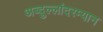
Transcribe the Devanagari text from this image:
अब्दुल्लांदरम्यान